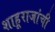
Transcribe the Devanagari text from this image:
शाहूराजांची